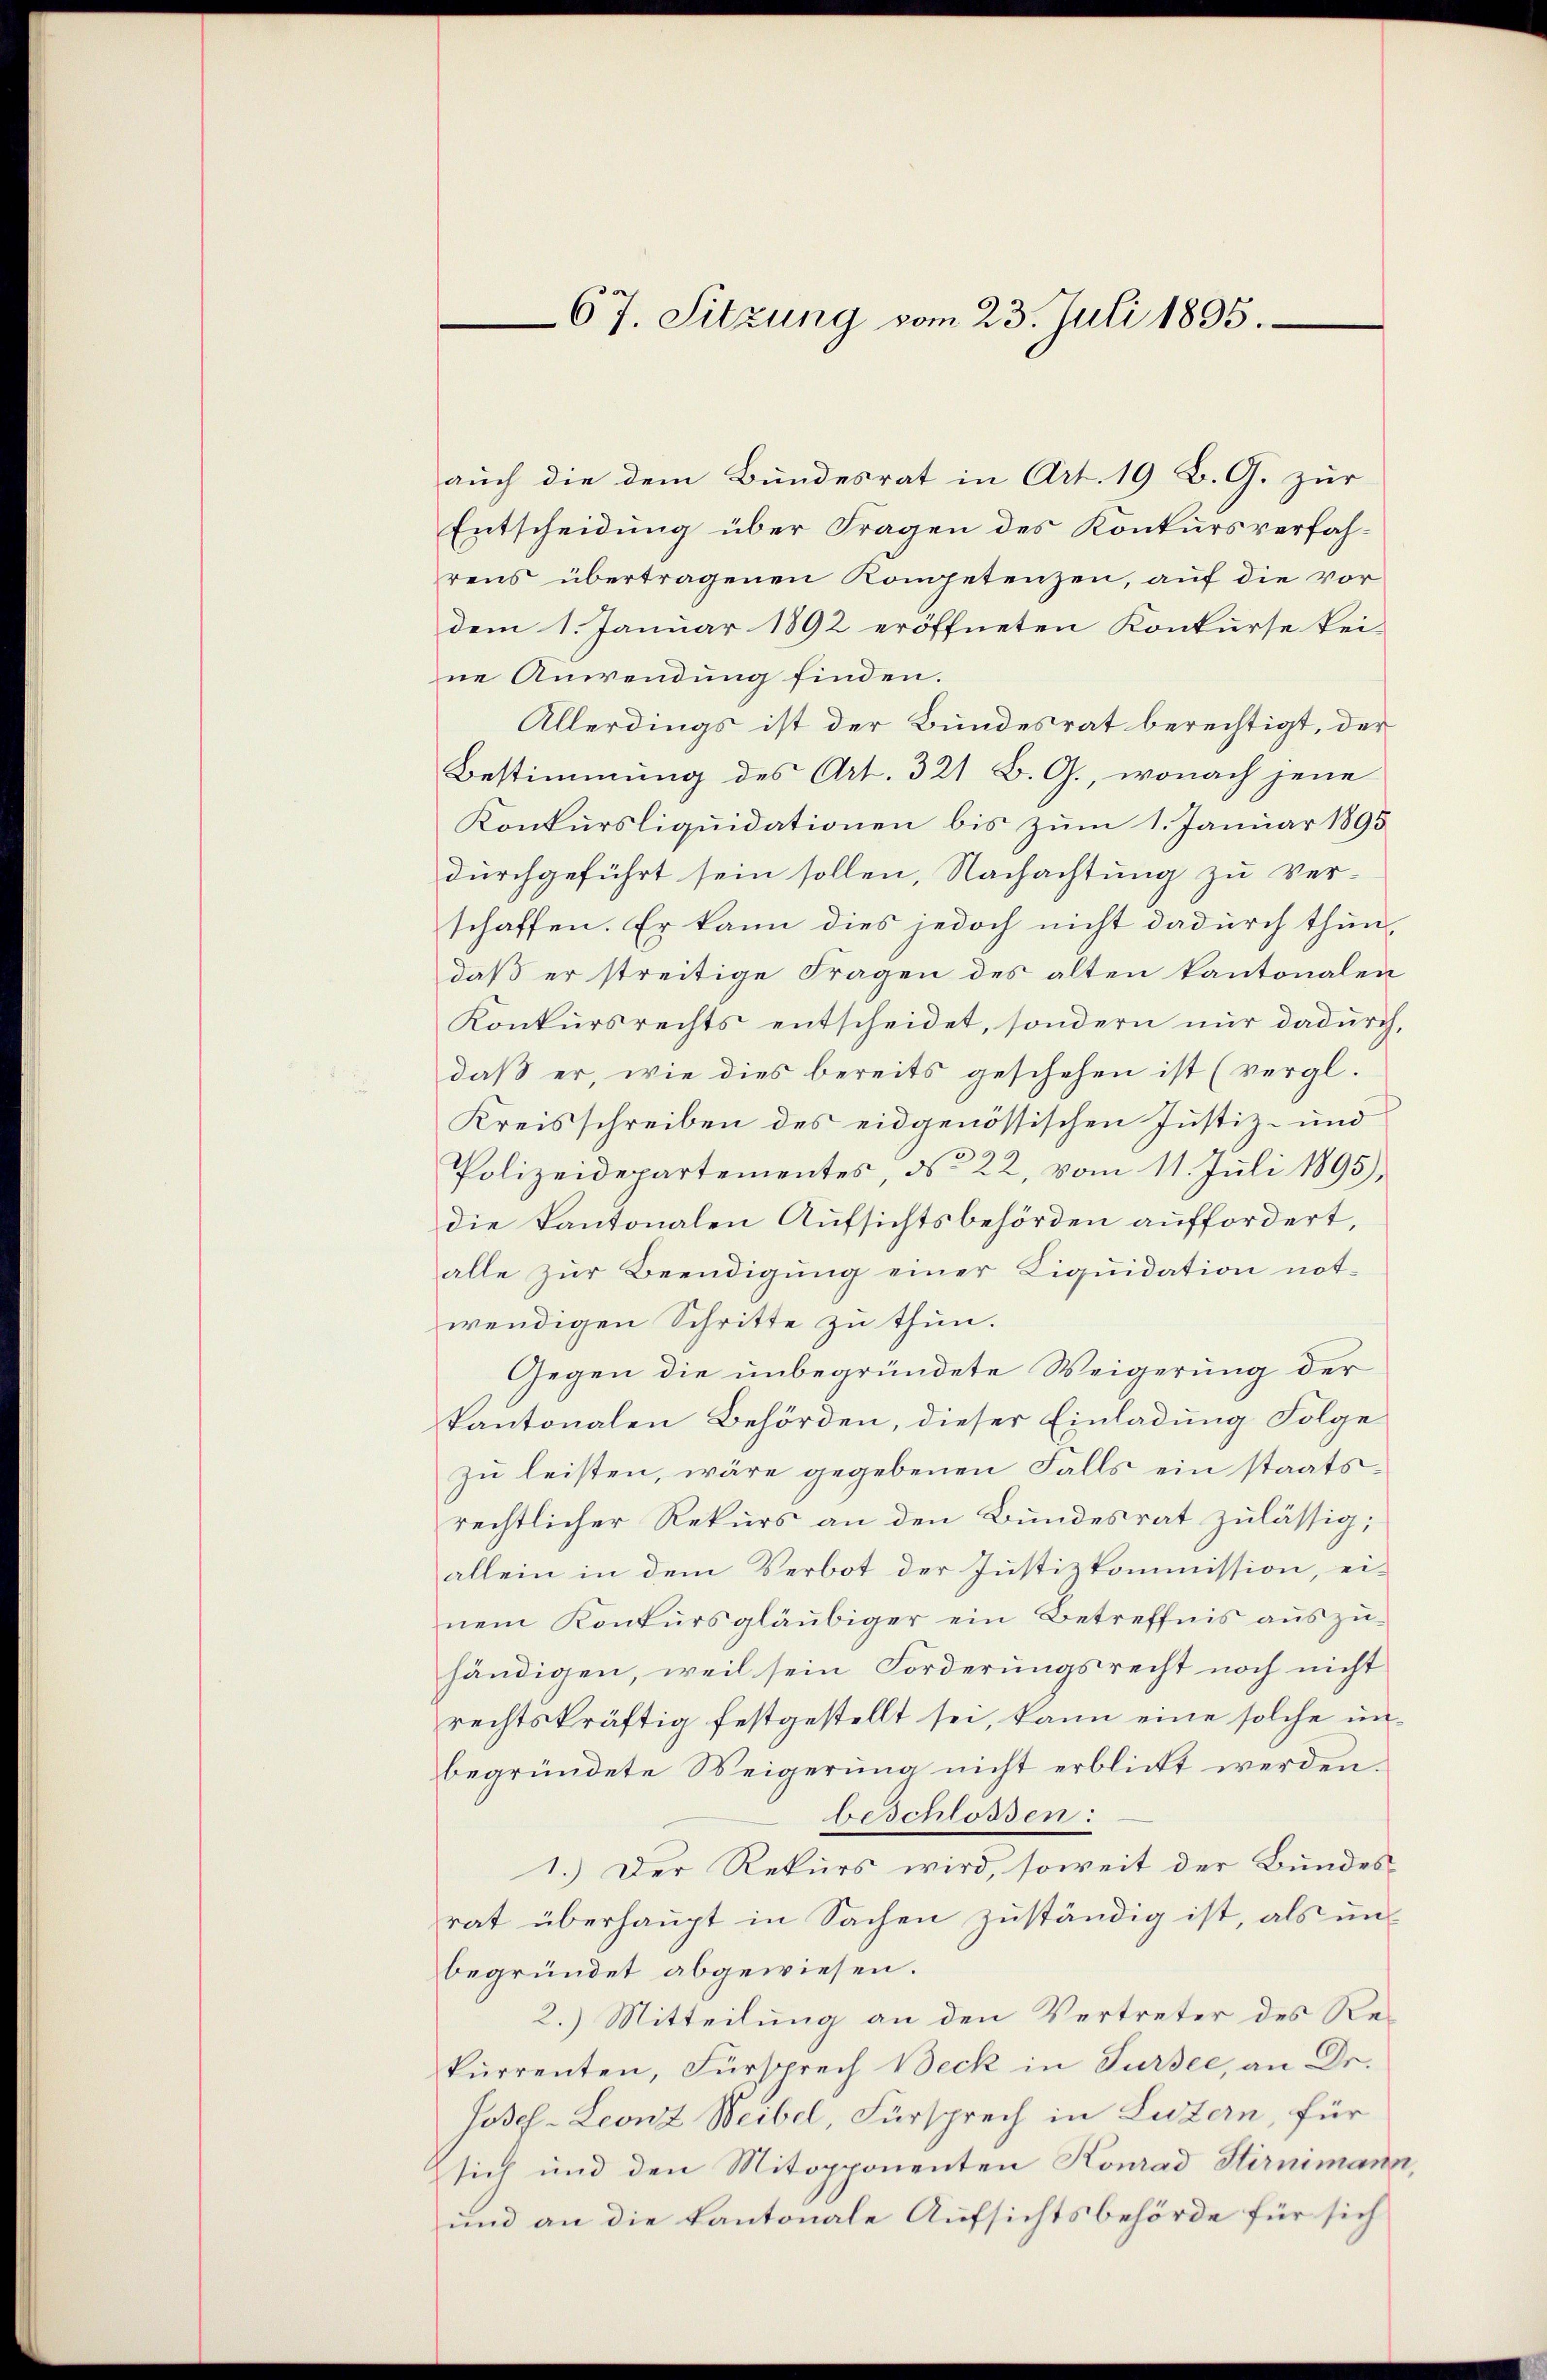
67. Sitzung vom 23. Juli 1895.

auch die dem Bundesrat in Art. 19 B. G. zur
Entscheidung über Fragen des Konkursverfahrens übertragenen Kompetenzen, auf die vordem 1. Januar 1892 eröffneten Konkurse kei-
ne Anwendung finden.
Allerdings ist der Bundesrat berechtigt, der
Bestimmung des Art. 321 B. G., wonach jene
Konkursliquidationen bis zum 1. Januar 1895
durchgeführt sein sollen, Nachachtung zu verschaffen. Er kann dies jedoch nicht dadurch thun,
daß er streitige Fragen des alten kantonalen
Konkursrechts entscheidet, sondern nur dadurch,
daß er, wie dies bereits geschehen ist (vergl.
Kreisschreiben des eidgenössischen Justiz- und
Polizeidepartementes, No 22, vom 11. Juli 1895),
die kantonalen Aufsichtsbehörden auffordert,
alle zur Beendigung einer Liquidation not-
wendigen Schritte zu thun.
Gegen die unbegründete Weigerung der
kantonalen Behörden, dieser Einladung Folge
zu leisten, wäre gegebenen Falls ein staatsrechtlicher Rekurs an den Bundesrat zulässig;
allein in dem Verbot der Justizkommission, ei-
nem Konkursgläubiger ein Betreffnis aŭszŭ-
händigen, weil sein Forderungsrecht noch nicht
rechtskräftig festgestellt sei, kann eine solche unbegründete Weigerung nicht erblickt werden.
beschlossen:
1.) Der Rekurs wird, soweit der Bundesrat überhaupt in Sachen zuständig ist, als unbegründet abgewiesen.
2.) Mitteilung an den Vertreter des Rekurrenten, Fürsprech Beck in Sursee, an Dr.
Josef-Leonz Weibel, Fürsprech in Luzern, für
sich und den Mitopponenten Konrad Stirnimann,
und an die Kantonale Aufsichtsbehörde für sich